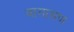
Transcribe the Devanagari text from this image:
वागामण